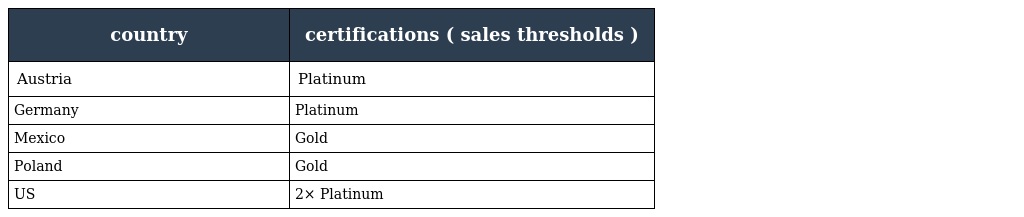
| country | certifications ( sales thresholds ) |
 | --- | --- |
 | Austria | Platinum |
 | Germany | Platinum |
 | Mexico | Gold |
 | Poland | Gold |
 | US | 2× Platinum |